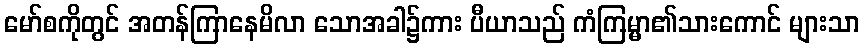
မော်စကိုတွင် အတန်ကြာနေမိလာ သောအခါ၌ကား ပီယာသည် ကံကြမ္မာ၏သားကောင် များသာ